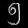
Digit: ၅